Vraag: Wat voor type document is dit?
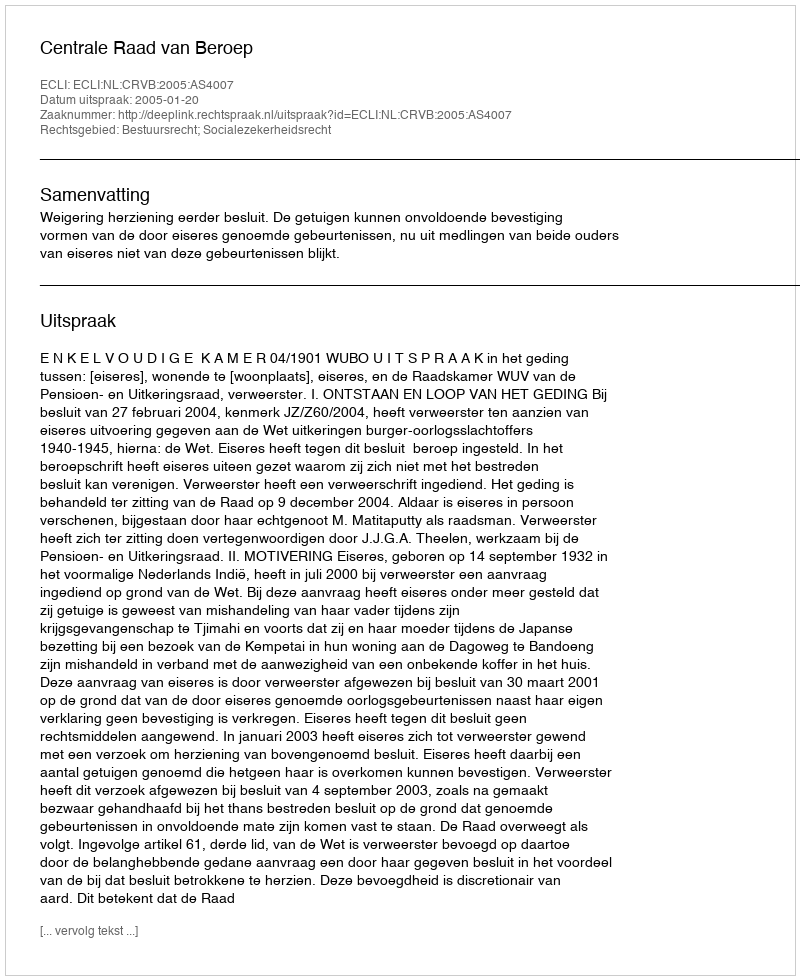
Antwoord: Uitspraak